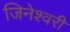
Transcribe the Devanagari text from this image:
जिनेश्वरी